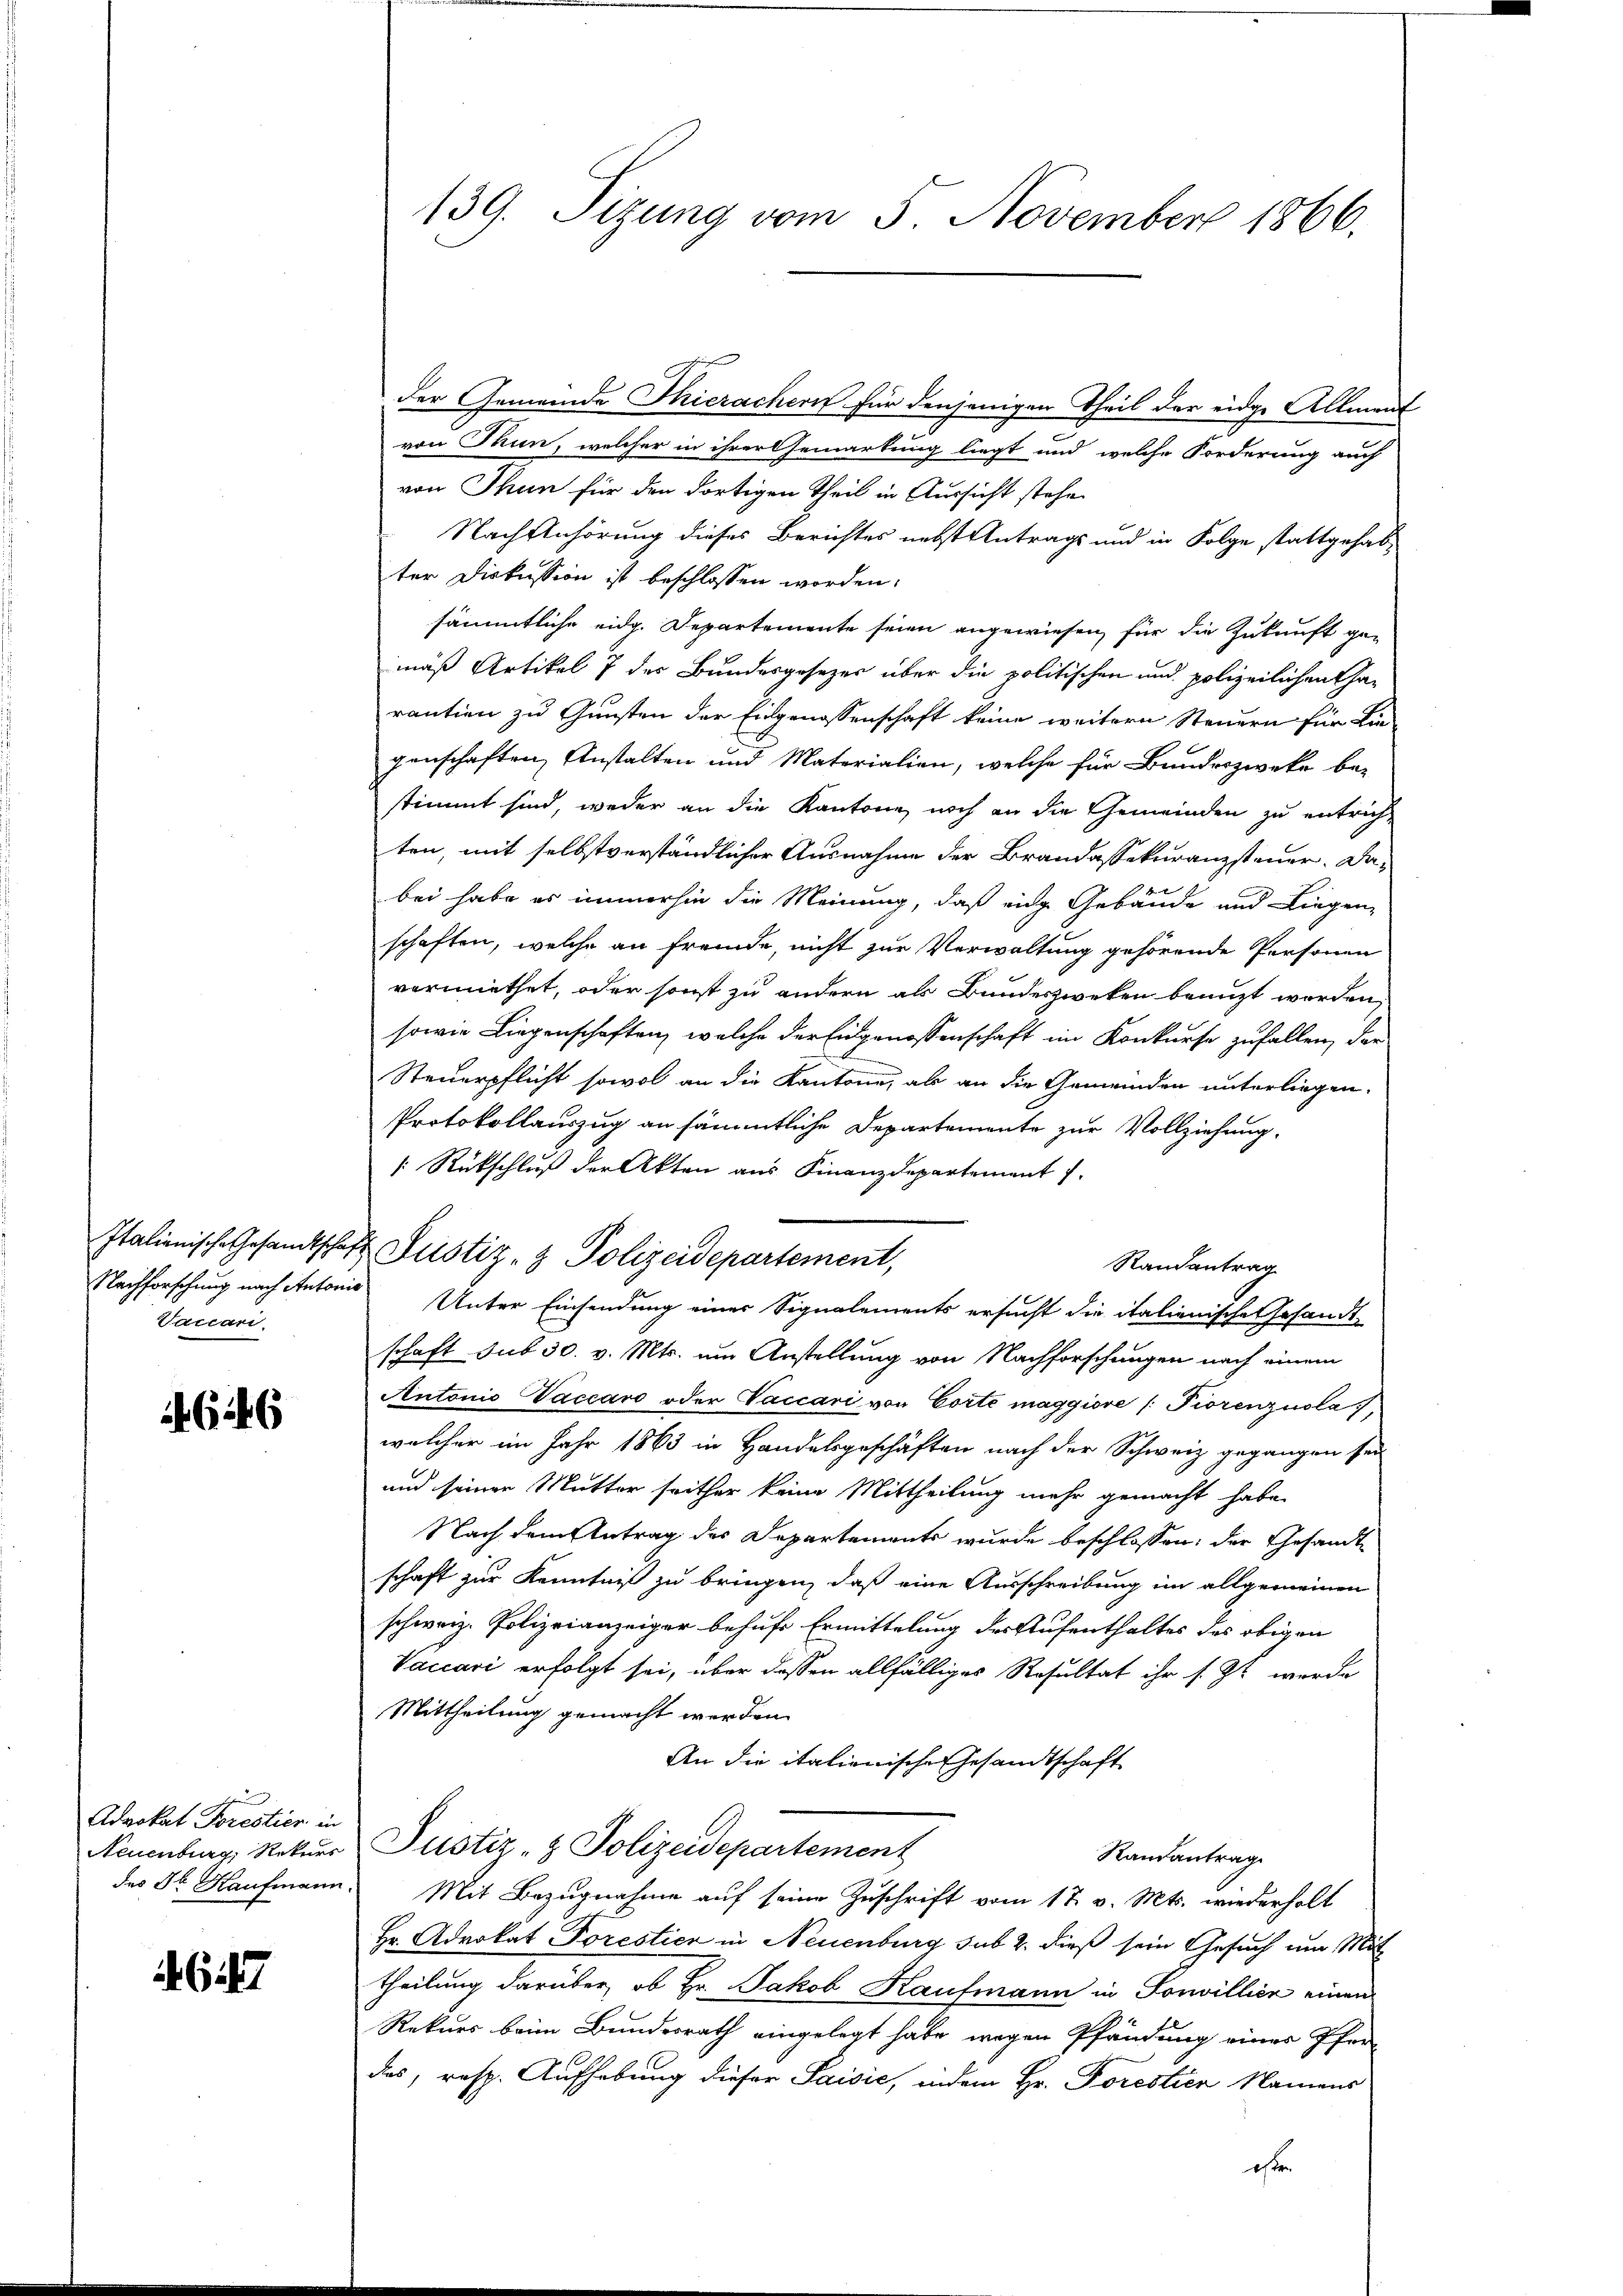
Italienische Gesandtschaf
Vaccari

646

Advokat Torestier in
Neuenburg, Rekurs
des Sr. Kaufmann.

617

139. Sizung vom 5. November 1866.

der Gemeinde Thierachern für denjenigen Theil der eidge Allment
von Thun, welcher in ihrer Gemarkung liegt und welche Forderung auch
von Thun für den dortigen Theil in Aussicht stehe
Nach Anhörung dieses Berichtes nebst Antrags und in Folge stattgehabter Diskussion ist beschlossen worden.
sämmtliche eidg. Departemente seien angewiesen, für die Zukunft ge-
mäß Artikel 7 des Bundesgesezes über die politischen und polizeilichen Charantien zu Gunsten der Eidgenossenschaft keine weitern Steuern für Ein-
genschaften Anstalten und Materialien, welche für Bundeszwecke be-
stimmt sind, weder an die Kantone noch an die Gemeinden zu entrichten, mit selbstverständlicher Ausnahme der Brandassekuranzsteuer. Dabei habe es immerhin die Meinung, daß eine Gebäude und Liegen-
schaften, welche an fremde, nicht zur Verwaltung gehörende Personen
vormiethet, oder sonst zu andern als Bundeszweken benuzt werden
sowie Liegenschaften, welche der Eingenossenschaft im Konkurse zufallen, den
r
.
Steuerpflicht sowol an die Kantone, als an die Gemeinden unterliegen.
Protokollauszug an sämmtliche Departemente zur Vollziehung.
1: Rückschluß der Akten aus Finanzdepartement
 Justiz- & Polizeidepartement,
Randantrag
Nachforschung nach Antons Unter Einsendung einer Signalements ersucht die italienische Gesandt-
schaft sub 30. v. Mts. um Anstellung von Nachforschungen nach einem
Antonio Vaccaro oder Vaccari von Corte maggiore /: Fiorenzuola,
welcher im Jahr 1863 in Handelsgeschäften nach der Schweiz gegangen sei
und seiner Mutter seither keine Mittheilung mehr gemacht habe.
Nach dem Antrag des Departements wurde beschlossen: der Gesandt
schaft zur Kenntniß zu bringen, daß eine Ausschreibung im allgemeinen
schweiz. Polizeianzeiger behufe Ermittelung des Aufenthaltes des obigen
Vaccari erfolgt sei, über dessen allfälliges Resultat ihr s. Zt. werde
Mittheilung gemacht worden.
An die italienische Gesandtschaft
Justiz- & Polizeidepartement
Randantrag
Mit Bezugnahme auf seine Zuschrift vom 17. v. Mts. wiederholt
Hr. Advokat Torestier in Neuenburg sub 2. dieß sein Gesuch um Mit
theilung darüber, ob Hr. Jakob Kaufmann in Sorwillien einem
Rekurs beim Bundesrath eingelegt habe, wegen Pfändung einer Pfer-
das, resp. Aufhebung dieser Paisie, indem Hr. Forestien Namens
ehe